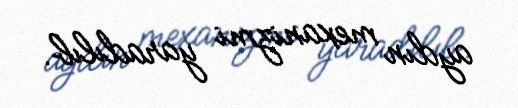
aydın mexanizmi yaradılıb.